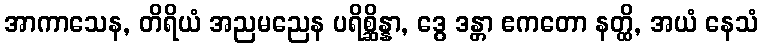
အာကာသေန, တိရိယံ အညမညေန ပရိစ္ဆိန္နာ, ဒွေ ဒန္တာ ဧကတော နတ္ထိ, အယံ နေသံ